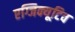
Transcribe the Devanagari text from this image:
एग्जिक्यूटिव